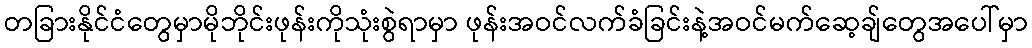
တခြားနိုင်ငံတွေမှာမိုဘိုင်းဖုန်းကိုသုံးစွဲရာမှာ ဖုန်းအဝင်လက်ခံခြင်းနဲ့အဝင်မက်ဆေ့ချ်တွေအပေါ်မှာ